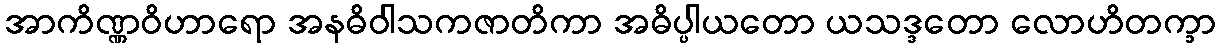
အာကိဏ္ဏဝိဟာရော အနဓိဝါသကဇာတိကာ အဓိပ္ပါယတော ယသဒ္ဒတော လောဟိတက္ခာ